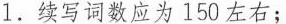
1.续写词数应为 150 左右;